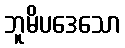
ဘူမိပဒေသော